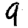
Digit: 9